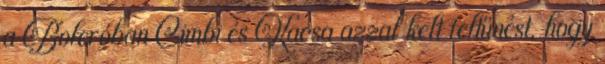
a Boleróban Cimbi és Kacsa azzal kelt feltűnést, hogy